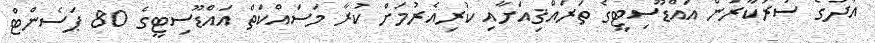
އަދުގެ ސަރުކާރުން އައްޑޫސިޓީގެ ތަރައްޤިއަށާއި ކުރިއެރުމަށް ކުރާ މަސައްކަތް އައްޑޫސިޓީގެ 80 ޕަސެންޓް